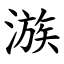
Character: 㵀